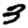
Digit: 3